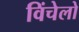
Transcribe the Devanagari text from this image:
विंचेलो